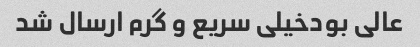
عالی بودخیلی سریع و گرم ارسال شد